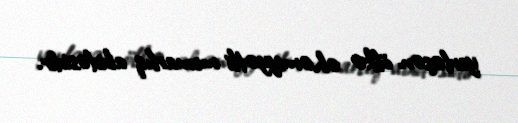
yerləşən ölkə əhəmiyyətli memarlıq abidəsidir.